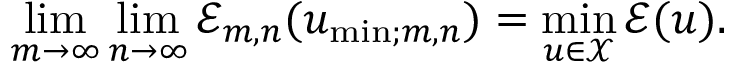
\operatorname* { l i m } _ { m \to \infty } \operatorname* { l i m } _ { n \to \infty } \mathcal { E } _ { m , n } ( u _ { \mathrm { m i n } ; m , n } ) = \underset { u \in \mathcal X } { \mathrm { m i n } } \, \mathcal { E } ( u ) .